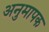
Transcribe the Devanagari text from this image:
अनुमापक